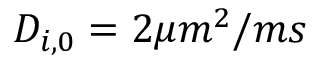
D _ { i , 0 } = 2 \mu m ^ { 2 } / m s